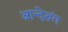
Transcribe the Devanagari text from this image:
आन्देरुंग